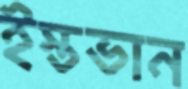
ইস্তভান